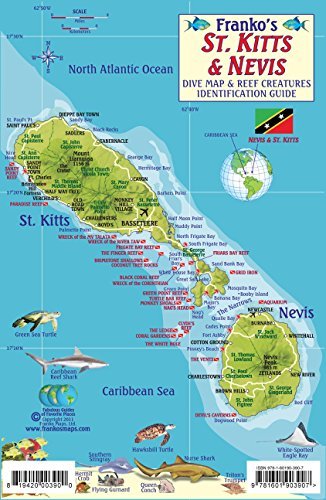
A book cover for By Franko Maps Ltd. St. Kitts & Nevis Dive Map & Reef Creatures Guide Franko Maps Laminated Fish Card [Map]; Travel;